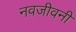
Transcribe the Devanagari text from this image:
नवजीवनी